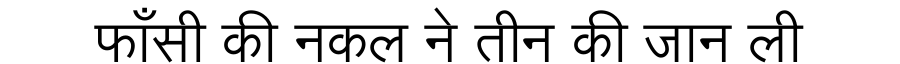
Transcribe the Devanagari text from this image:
फाँसी की नकल ने तीन की जान ली